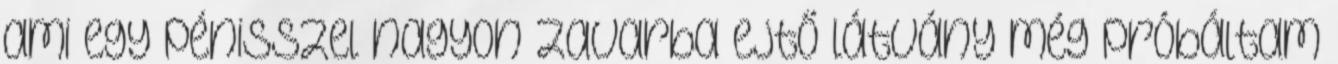
ami egy pénisszel nagyon zavarba ejtő látvány még próbáltam